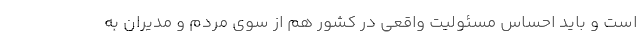
است و باید احساس مسئولیت واقعی در کشور هم از سوی مردم و مدیران به